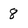
Character: 8